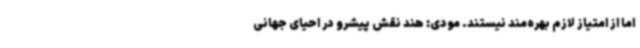
اما از امتیاز لازم بهره‌مند نیستند. مودی: هند نقش پیشرو در احیای جهانی